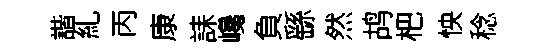
諧糺丙康誄巉負繇然鸪杷怏稔